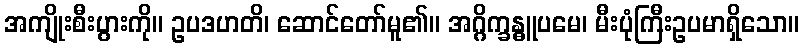
အကျိုးစီးပွားကို။ ဥပဒဟတိ၊ ဆောင်တော်မူ၏။ အဂ္ဂိက္ခန္ဓူပမေ၊ မီးပုံကြီးဥပမာရှိသော။